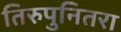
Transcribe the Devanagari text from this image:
तिरुपुनितरा